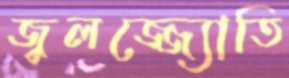
জ্বলজ্জ্যোতি